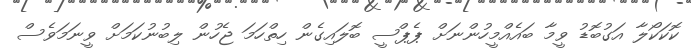
ކޮކަކޯލާ އަގުބޮޑު ވީމާ ބައެއްމީހުންނަށް ޕެޕްސީ ބޮލައިގެން ހިތްހަމަ ޖެހުން ލިބުނުކަމަށް ވީނަމަވެސް